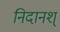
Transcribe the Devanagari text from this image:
निदानश्